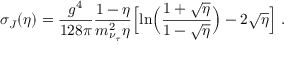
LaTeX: \sigma _ { J } ( \eta ) = \frac { g ^ { 4 } } { 1 2 8 \pi } \frac { 1 - \eta } { m _ { \nu _ { \tau } } ^ { 2 } \eta } \Bigl [ \ln \Bigl ( \frac { 1 + \sqrt { \eta } } { 1 - \sqrt { \eta } } \Bigr ) - 2 \sqrt { \eta } \Bigr ] ~ .